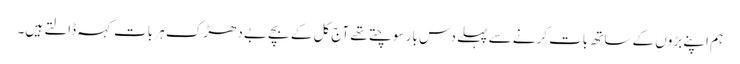
ہم اپنے بڑوں کے ساتھ بات کرنے سے پہلے دس بار سوچتے تھے آج کل کے بچے بے دھڑک ہر بات کہہ ڈالتے ہیں۔